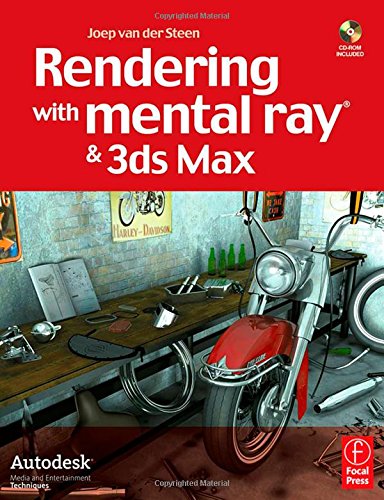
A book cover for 3ds Max Arch. Mesa College Bundle: Rendering with mental ray & 3ds Max; Joep van der Steen; Computers & Technology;